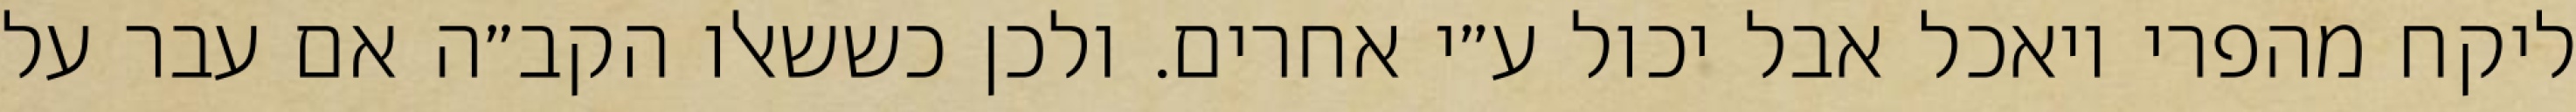
ליקח מהפרי ויאכל אבל יכול ע״י אחרים. ולכן כששאלו הקב״ה אם עבר על